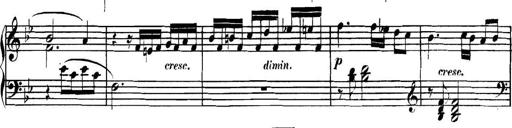
Title: Collected Piano Sonatas
Composer: Muzio Clementi